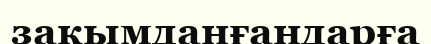
закымданғандарға